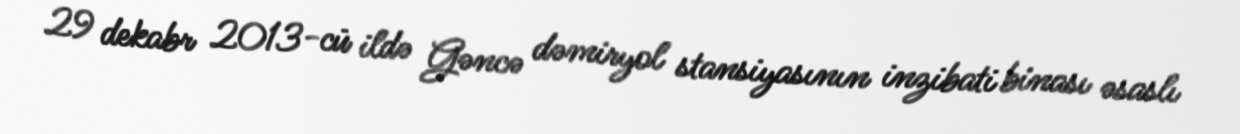
29 dekabr 2013-cü ildə Gəncə dəmiryol stansiyasının inzibati binası əsaslı